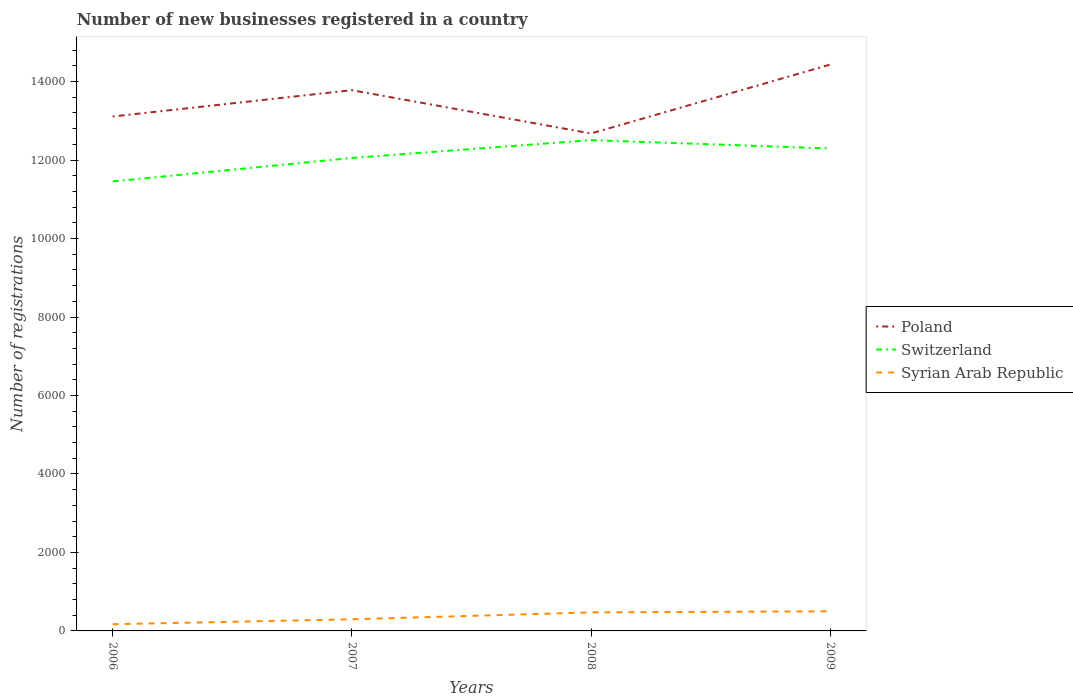
| Years | Poland | Switzerland | Syrian Arab Republic |
 | --- | --- | --- | --- |
 | 2006 | 1.31e+04 | 1.15e+04 | 171 |
 | 2007 | 1.38e+04 | 1.21e+04 | 296 |
 | 2008 | 1.27e+04 | 1.25e+04 | 472 |
 | 2009 | 1.44e+04 | 1.23e+04 | 500 |